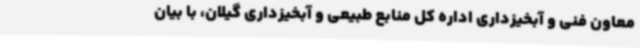
معاون فنی و آبخیزداری اداره کل منابع طبیعی و آبخیزداری گیلان، با بیان